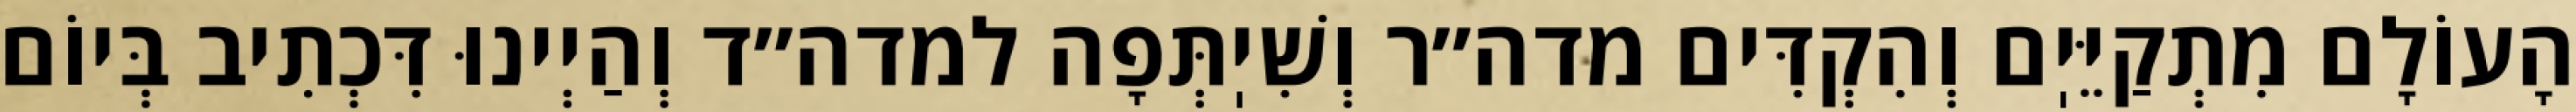
הָעוֹלָם מִתְקַיֵּיֽם וְהִקְדִּים מדה״ר וְשִׁיֽתְּפָה למדה״ד וְהַיְינוּ דִּכְתִיב בְּיוֹם